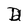
Character: D